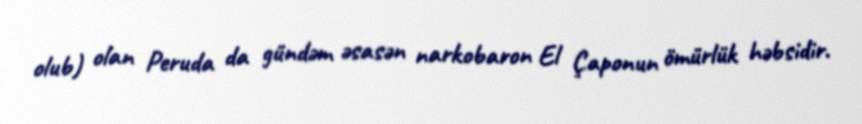
olub) olan Peruda da gündəm əsasən narkobaron El Çaponun ömürlük həbsidir.